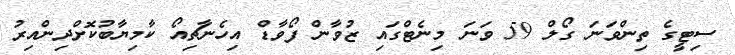
ސިޓީގެ ތިންވަނަ ގޯލް 59 ވަނަ މިނެޓްގައި ޒުވާން ފޯވާޑް އިހެނާޗިއޯ ކާމިޔާބުކޮށްދިންއިރު